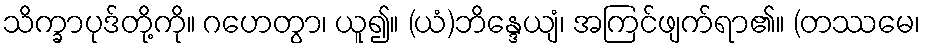
သိက္ခာပုဒ်တို့ကို။ ဂဟေတွာ၊ ယူ၍။ (ယံ)ဘိန္ဒေယျံ၊ အကြင်ဖျက်ရာ၏။ (တဿမေ၊